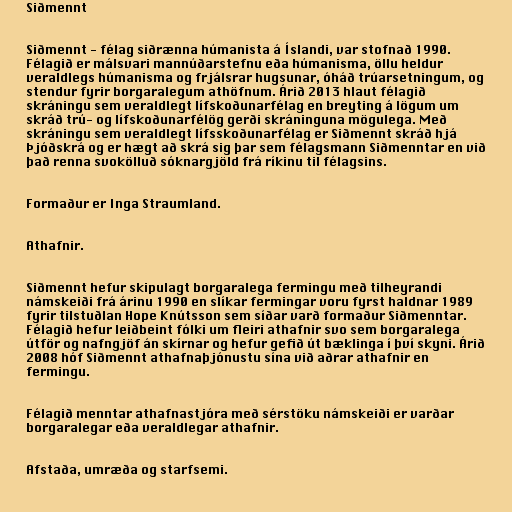
Siðmennt

Siðmennt - félag siðrænna húmanista á Íslandi, var stofnað 1990.
Félagið er málsvari mannúðarstefnu eða húmanisma, öllu heldur
veraldlegs húmanisma og frjálsrar hugsunar, óháð trúarsetningum, og
stendur fyrir borgaralegum athöfnum. Árið 2013 hlaut félagið
skráningu sem veraldlegt lífskoðunarfélag en breyting á lögum um
skráð trú- og lífskoðunarfélög gerði skráninguna mögulega. Með
skráningu sem veraldlegt lífsskoðunarfélag er Siðmennt skráð hjá
Þjóðskrá og er hægt að skrá sig þar sem félagsmann Siðmenntar en við
það renna svokölluð sóknargjöld frá ríkinu til félagsins.

Formaður er Inga Straumland.

Athafnir.

Siðmennt hefur skipulagt borgaralega fermingu með tilheyrandi
námskeiði frá árinu 1990 en slíkar fermingar voru fyrst haldnar 1989
fyrir tilstuðlan Hope Knútsson sem síðar varð formaður Siðmenntar.
Félagið hefur leiðbeint fólki um fleiri athafnir svo sem borgaralega
útför og nafngjöf án skírnar og hefur gefið út bæklinga í því skyni. Árið
2008 hóf Siðmennt athafnaþjónustu sína við aðrar athafnir en
fermingu.

Félagið menntar athafnastjóra með sérstöku námskeiði er varðar
borgaralegar eða veraldlegar athafnir.

Afstaða, umræða og starfsemi.